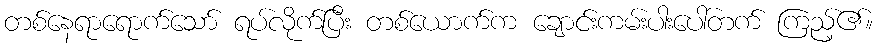
တစ်နေရာရောက်သော် ရပ်လိုက်ပြီး တစ်ယောက်က ချောင်းကမ်းပါးပေါ်တက် ကြည့်၏။